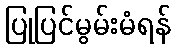
ပြုပြင်မွမ်းမံရန်